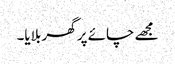
مجھے چائے پر گھر بلایا۔